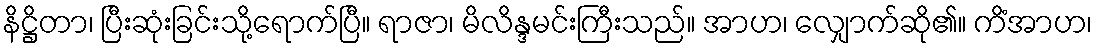
နိဋ္ဌိတာ၊ ပြီးဆုံးခြင်းသို့ရောက်ပြီ။ ရာဇာ၊ မိလိန္ဒမင်းကြီးသည်။ အာဟ၊ လျှောက်ဆို၏။ ကိံအာဟ၊